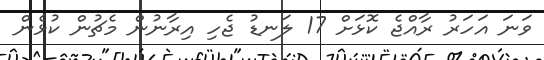
ވަނަ އަހަރު ރާއްޖެ ކޮޅަށް 17 ލަނޑު ޖެހި އިރާނުން މެޗުން ކުޅެން